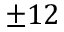
\pm 1 2